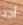
أحد